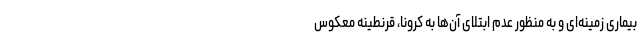
بیماری زمینه‌ای و به منظور عدم ابتلای آن‌ها به کرونا، قرنطینه معکوس